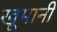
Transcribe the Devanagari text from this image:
खूमानी